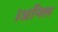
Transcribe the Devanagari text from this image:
।अनिल